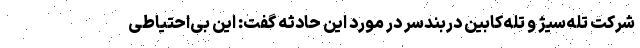
شرکت تله‌سیژ و تله‌کابین دربندسر در مورد این حادثه گفت: این بی‌احتیاطی